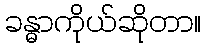
ခန္ဓာကိုယ်ဆိုတာ။